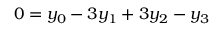
0 = y _ { 0 } - 3 y _ { 1 } + 3 y _ { 2 } - y _ { 3 }